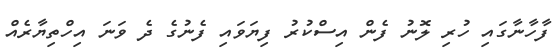
ފާހާނާގައި ހުރި ލޮނު ފެން އިސްކުރު ފިޔަވައި ފެނުގެ ދެ ވަނަ އިހްތިޔާރެއް